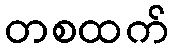
တစထက်